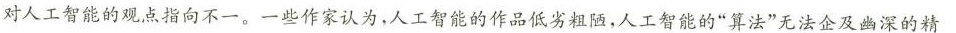
对人工智能的观点指向不一。一些作家认为，人工智能的作品低劣粗陋，人工智能的”算法”无法企及幽深的精